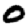
Digit: 0